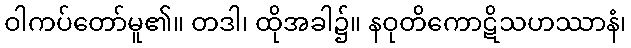
ဝါကပ်တော်မူ၏။ တဒါ၊ ထိုအခါ၌။ နဝုတိကောဋိသဟဿာနံ၊